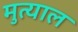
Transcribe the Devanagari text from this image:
मुत्याल